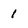
Character: 1